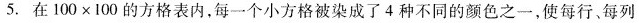
5.在100×100的方格表内，每一个小方格被染成了4种不同的颜色之一，使每行、每列